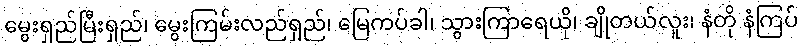
မွေးရှည်မြီးရှည်၊ မွေးကြမ်းလည်ရှည်၊ မြေကပ်ခါ၊ သွားကြာရေယို၊ ချိုတယ်လူး၊ နံတို နံကြပ်